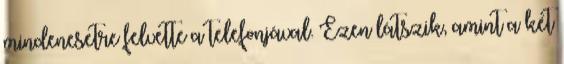
mindenesetre felvette a telefonjával. Ezen látszik, amint a két